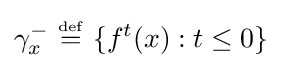
\gamma _{x}^{-}\ {\overset {\underset {\mathrm {def} }{}}{=}}\ \{f^{t}(x):t\leq 0\}